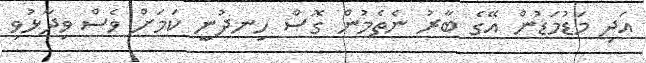
އަދި މަޑުމަޑުން އޭގެ ބާރު ނެތެމުން ގޮސް ހިނދުނީ ކަމަށް ވެސް ވިދާޅުވި